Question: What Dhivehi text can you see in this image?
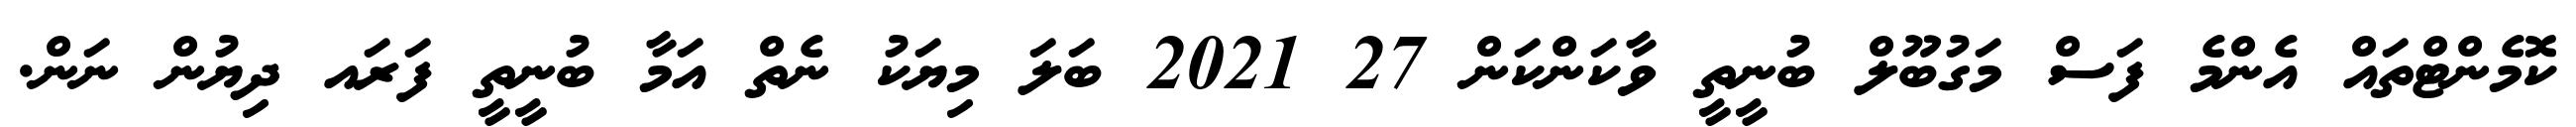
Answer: ކޮމެންޓްތައް އެންމެ ފަސް މަގުބޫލް ބުނީތީ ވާކަންކަން 27 2021 ބަލަ މިޔަކު ނެތް އަމާ ބުނީތީ ފަރައ ދިޔުން ނަން.